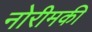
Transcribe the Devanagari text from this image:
नोरीमकी